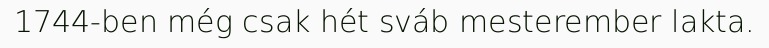
1744-ben még csak hét sváb mesterember lakta.